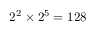
2 ^ { 2 } \times 2 ^ { 5 } = 1 2 8